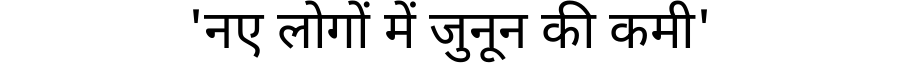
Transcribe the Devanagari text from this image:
'नए लोगों में जुनून की कमी'